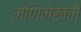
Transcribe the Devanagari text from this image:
मणिमेखलै